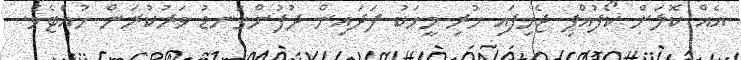
އެއް ކޮލަށް ކޯފުއްޕި ޖެހިފައި ހުރި މީހަކު ފަދައިން ދުފުންގަނޑު ވަރުކުރަން ހުއްޓެވެ.